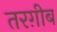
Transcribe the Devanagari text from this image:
तरग़ीब